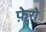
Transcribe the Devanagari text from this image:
फ़ेरो